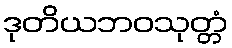
ဒုတိယဘဝသုတ္တံ